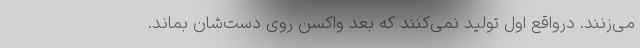
می‌زنند. درواقع اول تولید نمی‌کنند که بعد واکسن روی دست‌شان بماند.